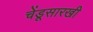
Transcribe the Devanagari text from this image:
चेंडूसारखी